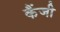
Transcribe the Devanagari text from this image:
कैंजी